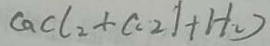
C a C l _ { 2 } + c ( c _ { 2 } \vert + H _ { 2 } )